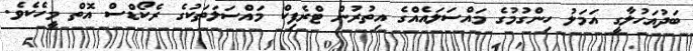
ބަދުއަހުލާގީ އަމަލު ހިންގުމުގެ މައްސަލައެއްގެ އިތުރުން ޓްރެފިކް މައްސަލަތަކުގެ ރެކޯޑްސް އޮތް މީހެކެވެ.